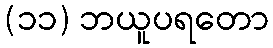
(၁၁) ဘယူပရတော